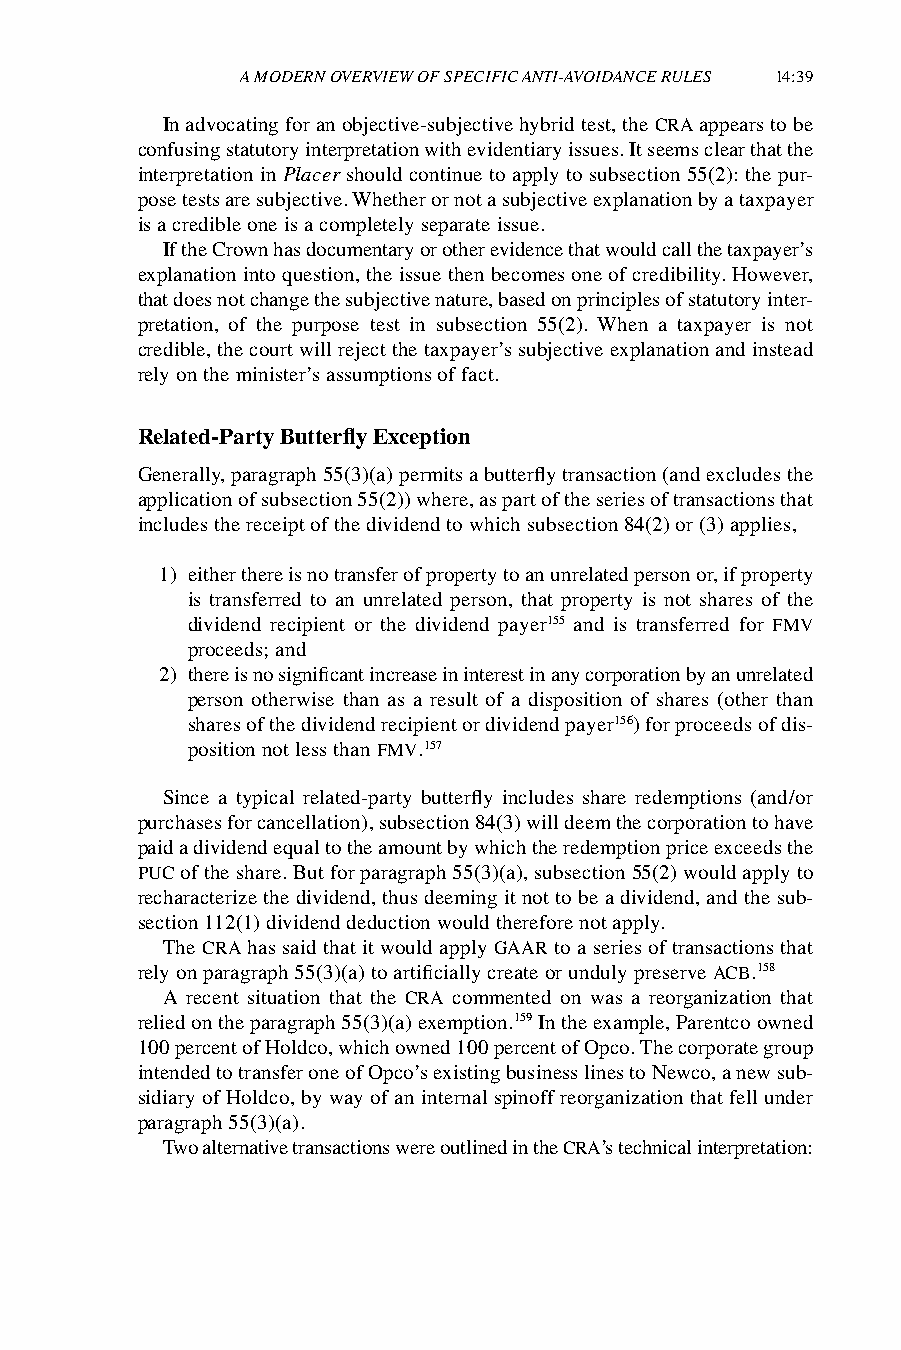
A MODERN OVERVIEW OF SPECIFIC ANTI-AVOIDANCE RULES 14:39
 In advocating for an objective-subjective hybrid test, the CRA appears to be
 confusing statutory interpretation with evidentiary issues. It seems clear that the
 interpretation in Placer should continue to apply to subsection 55(2): the pur-
 pose tests are subjective. Whether or not a subjective explanation by a taxpayer
 is a credible one is a completely separate issue.
 If the Crown has documentary or other evidence that would call the taxpayer’s
 explanation into question, the issue then becomes one of credibility. However,
 that does not change the subjective nature, based on principles of statutory inter-
 pretation, of the purpose test in subsection 55(2). When a taxpayer is not
 credible, the court will reject the taxpayer’s subjective explanation and instead
 rely on the minister’s assumptions of fact.
 Related-Party Butterfly Exception
 Generally, paragraph 55(3)(a) permits a butterfly transaction (and excludes the
 application of subsection 55(2)) where, as part of the series of transactions that
 includes the receipt of the dividend to which subsection 84(2) or (3) applies,
 1) either there is no transfer of property to an unrelated person or, if property
 is transferred to an unrelated person, that property is not shares of the
 dividend recipient or the dividend payer155 and is transferred for FMV
 proceeds; and
 2) there is no significant increase in interest in any corporation by an unrelated
 person otherwise than as a result of a disposition of shares (other than
 shares of the dividend recipient or dividend payer156) for proceeds of dis-
 position not less than FMV.157
 Since a typical related-party butterfly includes share redemptions (and/or
 purchases for cancellation), subsection 84(3) will deem the corporation to have
 paid a dividend equal to the amount by which the redemption price exceeds the
 PUC of the share. But for paragraph 55(3)(a), subsection 55(2) would apply to
 recharacterize the dividend, thus deeming it not to be a dividend, and the sub-
 section 112(1) dividend deduction would therefore not apply.
 The CRA has said that it would apply GAAR to a series of transactions that
 rely on paragraph 55(3)(a) to artificially create or unduly preserve ACB.158
 A recent situation that the CRA commented on was a reorganization that
 relied on the paragraph 55(3)(a) exemption.159 In the example, Parentco owned
 100 percent of Holdco, which owned 100 percent of Opco. The corporate group
 intended to transfer one of Opco’s existing business lines to Newco, a new sub-
 sidiary of Holdco, by way of an internal spinoff reorganization that fell under
 paragraph 55(3)(a).
 Two alternative transactions were outlined in the CRA’s technical interpretation: